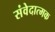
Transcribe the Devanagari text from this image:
संवेदात्मक